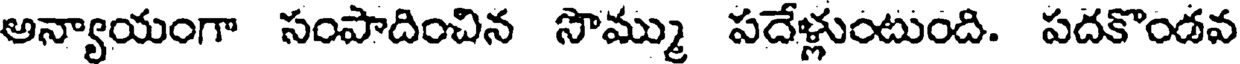
అన్యాయంగా సంపాదించిన సొమ్ము సదేళ్లుంటుంది. పదకొండవ